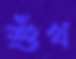
শুঁখ